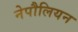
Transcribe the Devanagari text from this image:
नेपौलियन